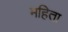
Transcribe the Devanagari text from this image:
महिता